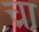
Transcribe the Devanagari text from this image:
च्रा